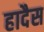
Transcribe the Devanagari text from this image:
हादैस